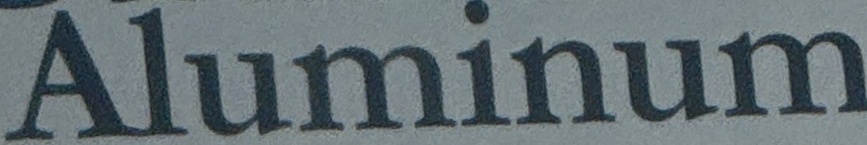
Aluminum